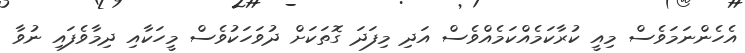
އެހެންނަމަވެސް މިއީ ކުރާކަމެއްކަމެއްވެސް އަދި މިފަދަ ގޮތަކަށް ދުވަހަކުވެސް މީހަކާއި ދިމާވެފައި ނުވާ